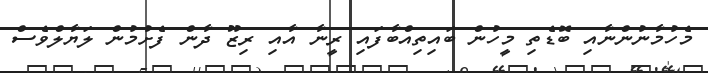
މެހުމާނުންނާއި ބޮޑެތި މީހުން ބައިތިއްބާފައި ރީނާ އާއި ރިޒޫ ދާން ފެށުމުން ލަޔާލްވެސް